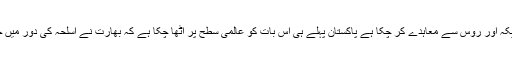
بھارت خود تو پوری دنیا سے اسلحہ کے خریدنے کے معاہدے کر رہا ہے ابھی کچھ عرصہ قبل بھارت امریکہ اور روس سے معاہدے کر چکا ہے پاکستان پہلے ہی اس بات کو عالمی سطح پر اُٹھا چکا ہے کہ بھارت نے اسلحہ کی دور میں خطے کو عدم استحکام کا شکار کیا ہے اور خاص طور پر پاکستان کا استحکام بھارت کو ایک آنکھ نہیں بھاتا۔